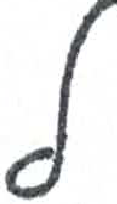
אות: ל